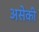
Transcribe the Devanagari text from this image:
असेकी